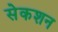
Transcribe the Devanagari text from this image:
सेकशन